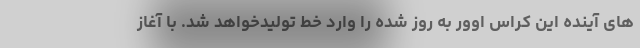
های آینده این کراس اوور به روز شده را وارد خط تولیدخواهد شد. با آغاز